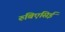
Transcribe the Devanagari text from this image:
रुबिएसिई